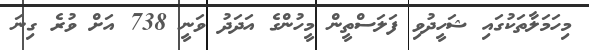
މިހަމަލާތަކުގައި ޝަހީދުވި ފަލަސްތީން މީހުންގެ އަދަދު ވަނީ 738 އަށް ވުރެ ގިނަ